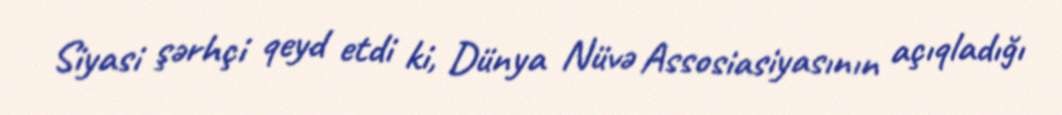
Siyasi şərhçi qeyd etdi ki, Dünya Nüvə Assosiasiyasının açıqladığı